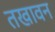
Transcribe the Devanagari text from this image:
तखावन